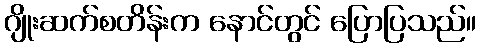
ဂျိုးဆက်စတိန်းက နောင်တွင် ပြောပြသည်။